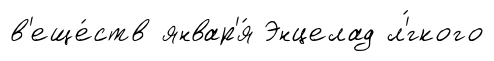
в'еще́ств январ'я́ Энцелад л'́гкого